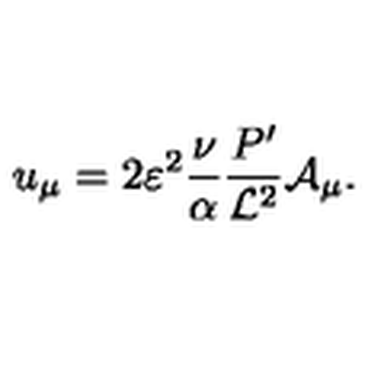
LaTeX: u _ { \mu } = 2 \varepsilon ^ { 2 } \frac { \nu } { \alpha } \frac { P ^ { \prime } } { { \cal L } ^ { 2 } } { \cal A } _ { \mu } .